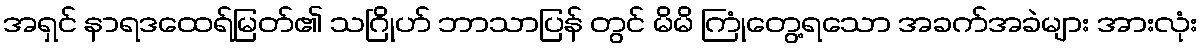
အရှင် နာရဒထေရ်မြတ်၏ သဂြိုဟ် ဘာသာပြန် တွင် မိမိ ကြုံတွေ့ရသော အခက်အခဲများ အားလုံး